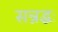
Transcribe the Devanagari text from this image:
सन्नद्धः